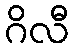
ဂိလီ